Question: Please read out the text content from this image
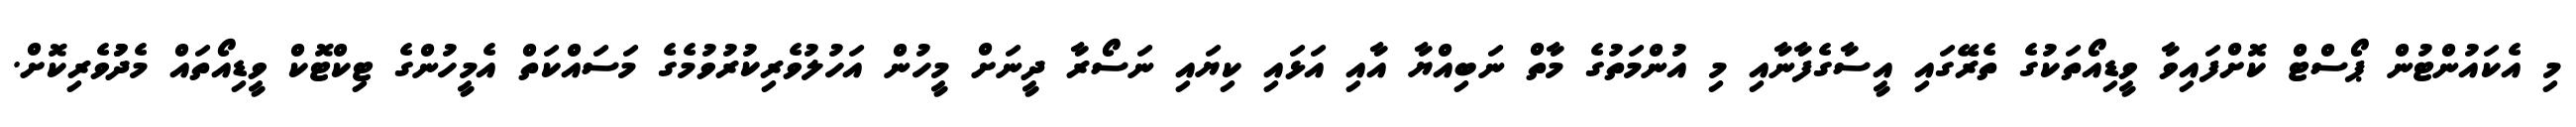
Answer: މި އެކައުންޓުން ޕޯސްޓް ކޮށްފައިވާ ވީޑިއޯތަކުގެ ތެރޭގައި އީސާގެފާނާއި މި އުންމަތުގެ މާތް ނަބިއްޔާ އާއި އަޅައި ކިޔައި ނަސޯރާ ދީނަށް މީހުން އަހުލުވެރިކުރުވުމެގެ މަސައްކަތް އެމީހުންގެ ޓިކްޓޮކް ވީޑިއޯތައް މެދުުވެރިކޮށް.